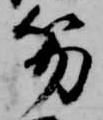
笏